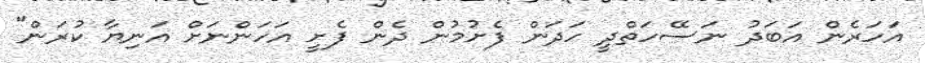
އަހަރެން އަބަދު ނަސޭހަތްދީ ހަދަން ފެށުމުން ދެން ފެށީ އަހަންނަށް އަނިޔާ ކުރަން"